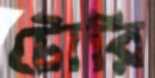
টোরি